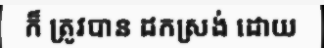
ក៏ ត្រូវបាន ដកស្រង់ ដោយ